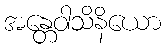
အန္တေဝါသိနိယော